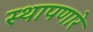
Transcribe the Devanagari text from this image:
स्थापणारे